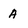
Character: A